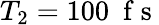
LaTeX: T_{2}=100~\mathrm{~f~s~}